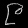
Digit: ၉